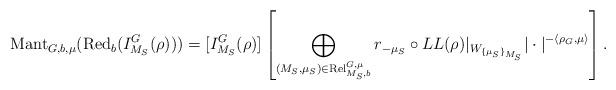
LaTeX: \begin{align*}\mathrm{Mant}_{G,b,\mu}(\mathrm{Red}_b(I^G_{M_S}(\rho))) =[I^G_{M_S}(\rho)] \left[ \bigoplus_{(M_S, \mu_S) \in \mathrm{Rel}^{G, \mu}_{M_S, b}} r_{-\mu_S} \circ LL(\rho)|_{W_{\{\mu_S\}_{M_S}}}| \cdot|^{- \langle \rho_G, \mu \rangle} \right].\end{align*}